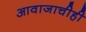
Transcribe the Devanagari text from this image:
आवाजाचीही